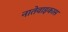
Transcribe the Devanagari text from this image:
नातेवाइकास